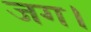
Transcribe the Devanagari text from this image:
जग।